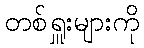
တစ်ရှူးများကို